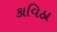
કાવિઠા